Vaccination in Bombay 1874-1876 - 1874-1876
Year: 1874
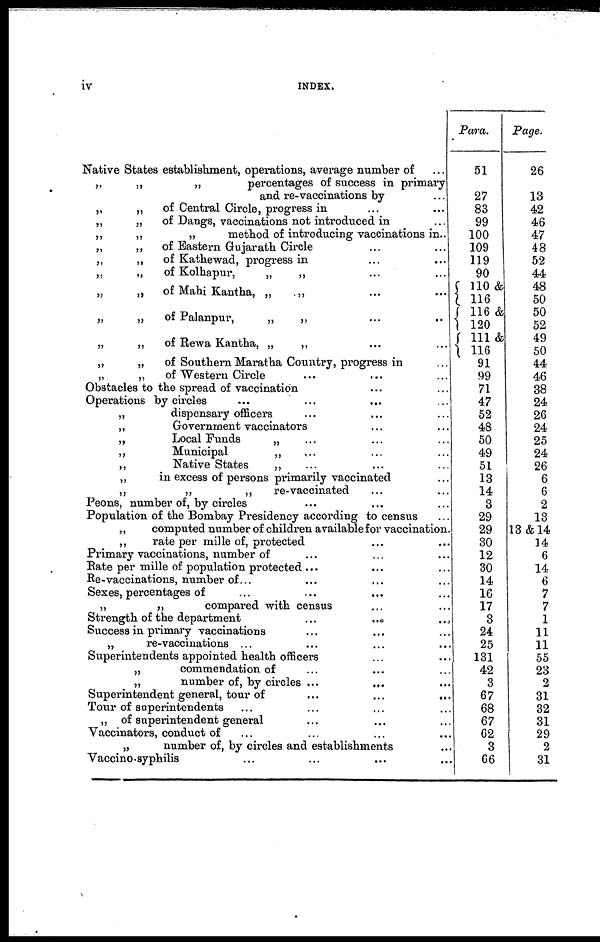
iv
INDEX.
Native States establishment, operations, average number of ...
„
„
„
percentages of success in primary
and re-vaccinations by ...
„
„
of Central Circle, progress in ... ...
„
„
of Dangs, vaccinations not introduced in ...
„
„
„
method of introducing vaccinations in..
„
„
of Eastern Gujarath Circle ... ...
„
„
of Kathewad, progress in ... ...
„
„
of Kolhapur,
„
„ ... ...
„
„
of Mahi Kantha, „
„ ... ...
„
„
of Palanpur,
„
„ ... ...
„
„
of Rewa Kantha, „
„ ... ...
„
„
of Southern Maratha Country, progress in ...
„
„
of Western Circle ... ... ...
Obstacles to the spread of vaccination ... ...
Operations by circles ... ... ... ...
„
dispensary officers ... ... ...
„
Government vaccinators ... ...
„
Local Funds
„ ... ... ...
„
Municipal
„ ... ... ...
„
Native States
„ ... ... ...
„
in excess of persons primarily vaccinated ...
„
„
„
re-vaccinated ... ...
Peons, number of, by circles ... ... ...
Population of the Bombay Presidency according to census ...
„
computed number of children available for vaccination.
„
rate per mille of, protected ... ...
Primary vaccinations, number of ... ... ...
Rate per mille of population protected ... ... ...
Re-vaccinations, number of... ... ... ...
Sexes, percentages of ... ... ... ...
„
„
compared with census ... ...
Strength of the department
...
...
...
Success in primary vaccinations ... ... ...
„
re-vaccinations ... ... ... ...
Superintendents appointed health officers ... ...
„
commendation of ... ... ...
„
number of, by circles ... ... ...
Superintendent general, tour of
...
...
...
Tour of superintendents ... ... ... ...
„ of superintendent general ... ... ...
Vaccinators, conduct of ... ... ... ...
„
number of, by circles and establishments ...
Vaccino-syphilis ... ... ... ...
Para.
51
27
83
99
100
109
119
90
110 &
116
116 &
120
111&
116
91
99
71
47
52
48
50
49
51
13
14
3
29
29
30
12
30
14
16
17
3
24
25
131
42
3
67
68
67
62
3
66
Page.
26
13
42
46
47
48
52
44
48
50
50
52
49
50
44
46
38
24
26
24
25
24
26
6
6
2
13
13&14
14
6
14
6
7
7
1
11
11
55
23
2
31
32
31
29
2
31